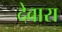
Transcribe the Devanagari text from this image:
देवारा